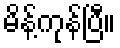
မိန့်ကုန်ပြီ။